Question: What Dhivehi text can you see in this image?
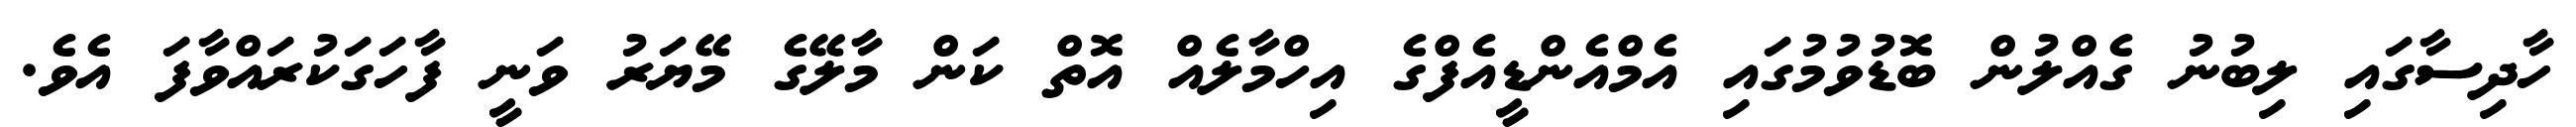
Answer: ހާދިސާގައި ލިބުނު ގެއްލުން ބޮޑުވުމުގައި އެމްއެންޑީއެފްގެ އިހްމާލެއް އޮތް ކަން މާލޭގެ މޭޔަރު ވަނީ ފާހަގަކުރައްވާފަ އެވެ.